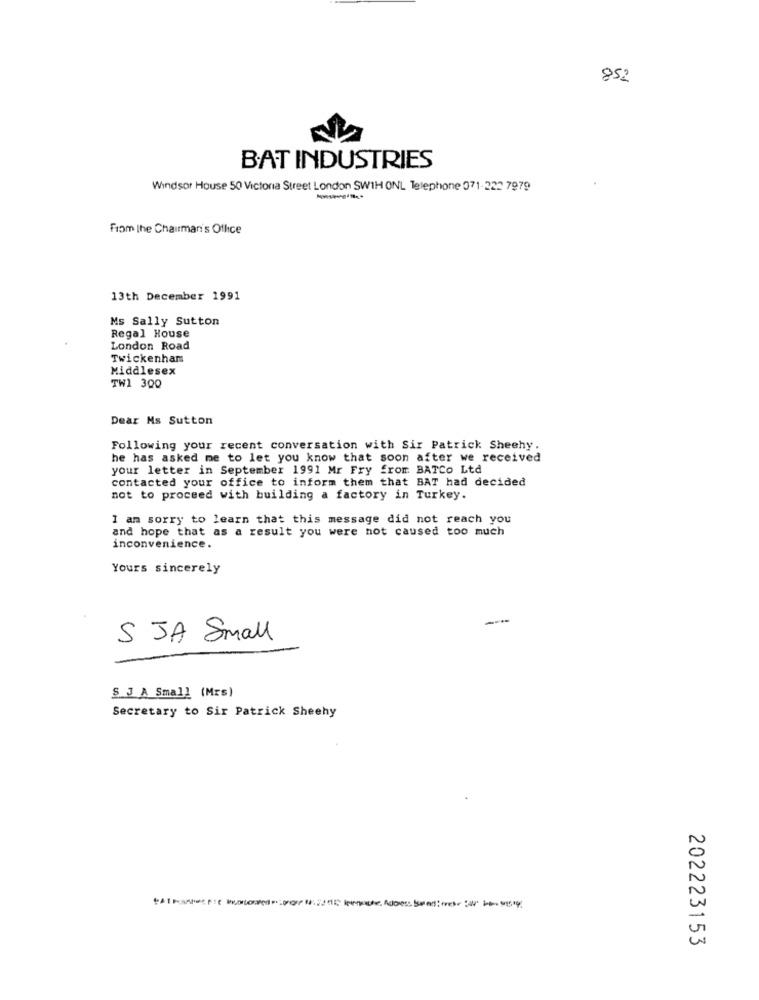
852
BAT INDUSTRIES
Windsor House 50 Victoria Street London SW1H ONL Telephone 071-222 7979
From the Chairman's Ofhice
13th December 1991
Ms Sally Sutton
Regal House
London Road
Twickenham
Middlesex
TW1 300
Dear Ms Sutton
Following your recent conversation with Sir Patrick Sheehy.
he has asked me to let you know that soon after we received
your letter in September 1991 Mr Fry from BATCO Ltd
contacted your office to inform them that BAT had decided
not to proceed with building a factory in Turkey.
I am sorry to learn that this message did not reach you
and hope that as a result you were not caused too much
inconvenience.
Yours sincerely
S JA Small
S J A Small (Mrs)
Secretary to Sir Patrick Sheehy
202223153